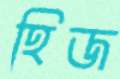
হিজ